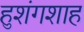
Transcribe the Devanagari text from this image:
हुशंगशाह